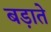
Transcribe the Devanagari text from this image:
बड़ाते